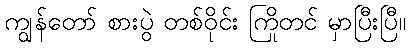
ကျွန်တော် စားပွဲ တစ်ဝိုင်း ကြိုတင် မှာပြီးပြီ။